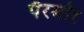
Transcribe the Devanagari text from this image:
पैरमोर